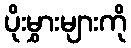
ပိုးမွှားများကို